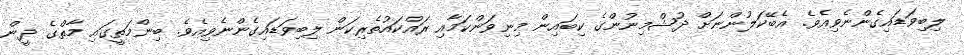
ލިބިވަޑައިގެންނެވިއެވެ. އެބޭކަލުންނަށް ދުޝްމިނުންގެ ކިބައިން މިނިވަންކަމާއި ރައްކައުތެރިކަން ލިބިވަޑައިގެންނެވިއެވެ. ބިންމަތީގައި މާތްގެ ދީން